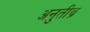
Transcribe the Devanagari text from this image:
अनुतीव्र